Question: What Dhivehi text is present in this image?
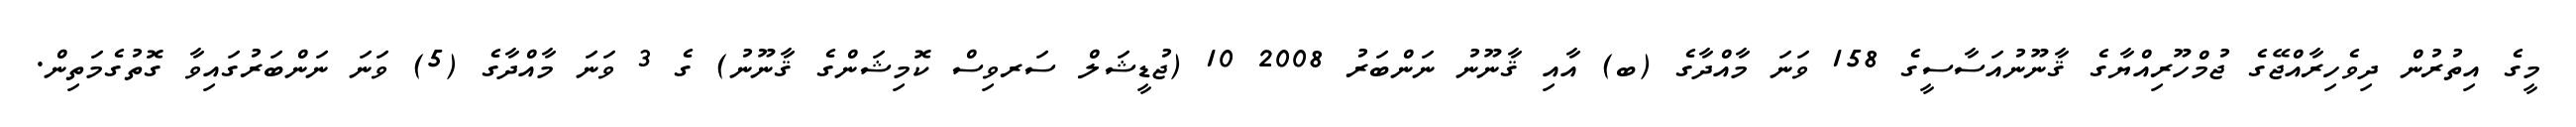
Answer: މީގެ އިތުރުން ދިވެހިރާއްޖޭގެ ޖުމްހޫރިއްޔާގެ ޤާނޫނުއަސާސީގެ 158 ވަނަ މާއްދާގެ (ބ) އާއި ޤާނޫނު ނަންބަރު 2008 10 (ޖުޑީޝަލް ސަރވިސް ކޮމިޝަންގެ ޤާނޫނު) ގެ 3 ވަނަ މާއްދާގެ (5) ވަނަ ނަންބަރުގައިވާ ގޮތުގެމަތިން.